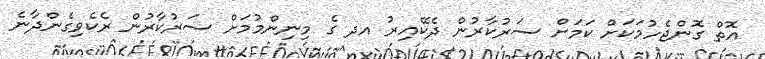
އޮތް ގޮންޖެހުމަކަށް ކަމަށް ސަރުކާރުން ދެކޭއިރު އދ ގެ މިނިންމުމަށް ސަރުކާރުން ރެކެވިގެންދާނެ